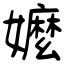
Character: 嬤